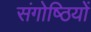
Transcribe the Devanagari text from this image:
संगोष्‍ठियों